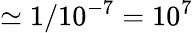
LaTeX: \simeq 1/10^{-7}=10^{7}